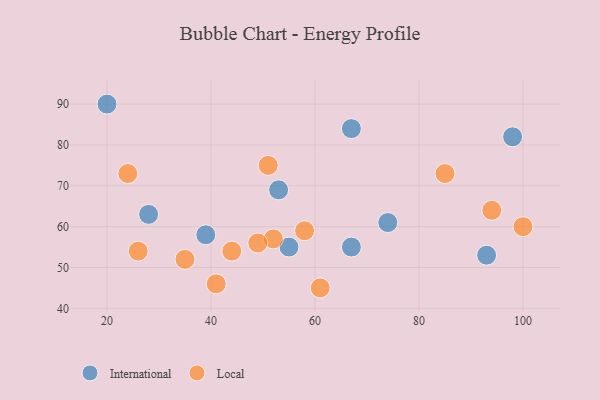
{"axis": {"x": "GDP", "y": "Life Expectancy"}, "legend": ["International", "Local"], "data": [{"x": "55", "y": 55, "type": "International"}, {"x": "28", "y": 63, "type": "International"}, {"x": "98", "y": 82, "type": "International"}, {"x": "67", "y": 84, "type": "International"}, {"x": "53", "y": 69, "type": "International"}, {"x": "74", "y": 61, "type": "International"}, {"x": "67", "y": 55, "type": "International"}, {"x": "93", "y": 53, "type": "International"}, {"x": "39", "y": 58, "type": "International"}, {"x": "20", "y": 90, "type": "International"}, {"x": "52", "y": 57, "type": "Local"}, {"x": "100", "y": 60, "type": "Local"}, {"x": "49", "y": 56, "type": "Local"}, {"x": "44", "y": 54, "type": "Local"}, {"x": "94", "y": 64, "type": "Local"}, {"x": "24", "y": 73, "type": "Local"}, {"x": "51", "y": 75, "type": "Local"}, {"x": "85", "y": 73, "type": "Local"}, {"x": "35", "y": 52, "type": "Local"}, {"x": "61", "y": 45, "type": "Local"}, {"x": "41", "y": 46, "type": "Local"}, {"x": "58", "y": 59, "type": "Local"}, {"x": "26", "y": 54, "type": "Local"}]}